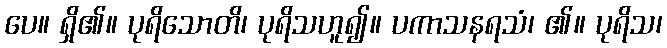
ပေ။ ရှိ၏။ ပုရိသောတိ၊ ပုရိသဟူ၍။ ပကာသနရသံ၊ ၏။ ပုရိသ၊